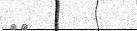
٤٠